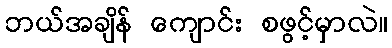
ဘယ်အချိန် ကျောင်း စဖွင့်မှာလဲ။